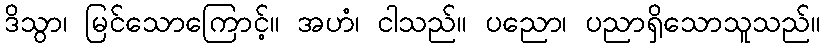
ဒိသွာ၊ မြင်သောကြောင့်။ အဟံ၊ ငါသည်။ ပညော၊ ပညာရှိသောသူသည်။